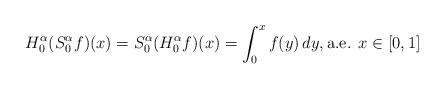
LaTeX: \begin{align*}H_0^\alpha(S_0^\alpha f)(x)=S_0^\alpha(H_0^\alpha f)(x)=\int_0^x f(y)\,dy,\mbox{a.e. } x\in [0,1]\end{align*}